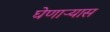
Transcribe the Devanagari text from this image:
घेणाऱ्यास